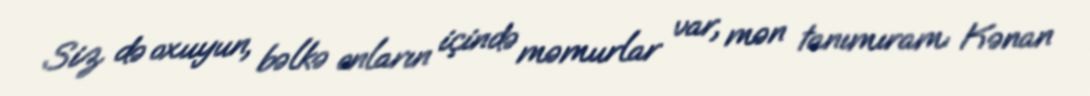
Siz də oxuyun, bəlkə onların içində məmurlar var, mən tanımıram: Kənan